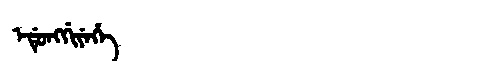
Manchu: ᡝᡩᡠᠩᡤᡳᠶᡝᡥᡝ
Romanization: EDUNGGIYEHE